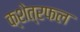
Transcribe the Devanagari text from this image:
क्शेत्रफल